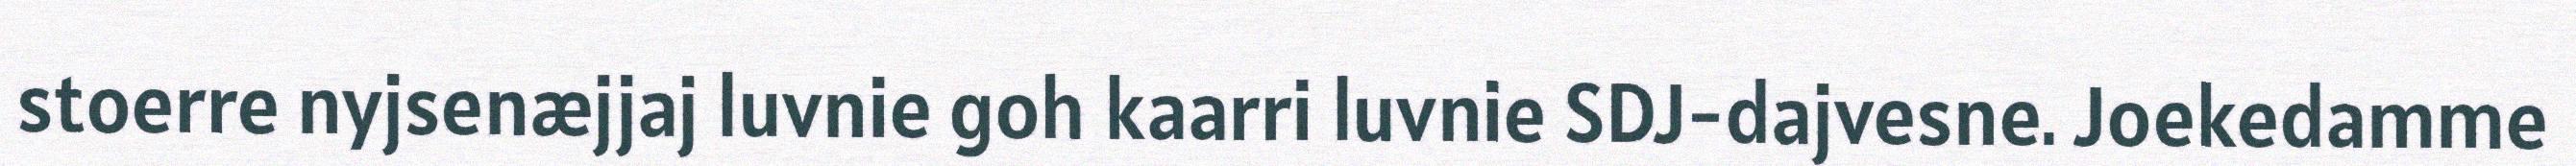
stoerre nyjsenæjjaj luvnie goh kaarri luvnie SDJ-dajvesne. Joekedamme